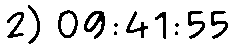
2) 09:41:55